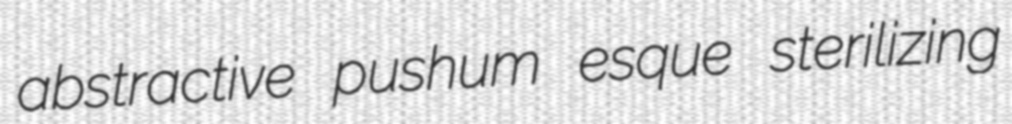
abstractive pushum esque sterilizing